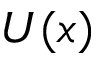
U ( x )